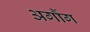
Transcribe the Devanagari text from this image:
अर्गौग